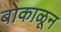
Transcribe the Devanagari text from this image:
बोकाळून